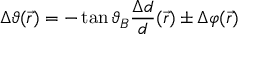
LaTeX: \Delta \vartheta ( { \vec { r } } ) = - \tan \vartheta _ { B } { \frac { \Delta d } { d } } ( { \vec { r } } ) \pm \Delta \varphi ( { \vec { r } } )